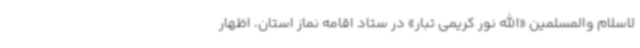
لاسلام والمسلمین «الله نور کریمی تبار» در ستاد اقامه نماز استان، اظهار